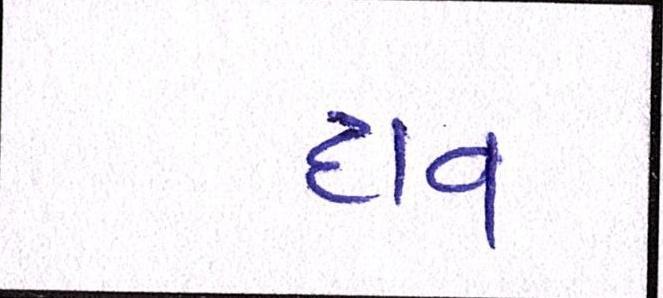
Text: દાવ